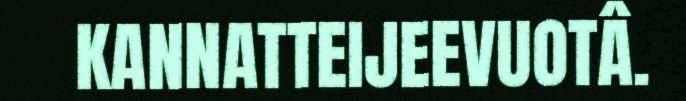
KANNATTEIJEEVUOTÂ.